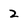
Character: 2